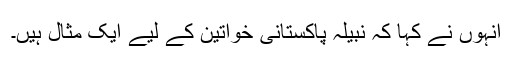
انہوں نے کہا کہ نبیلہ پاکستانی خواتین کے لیے ایک مثال ہیں۔